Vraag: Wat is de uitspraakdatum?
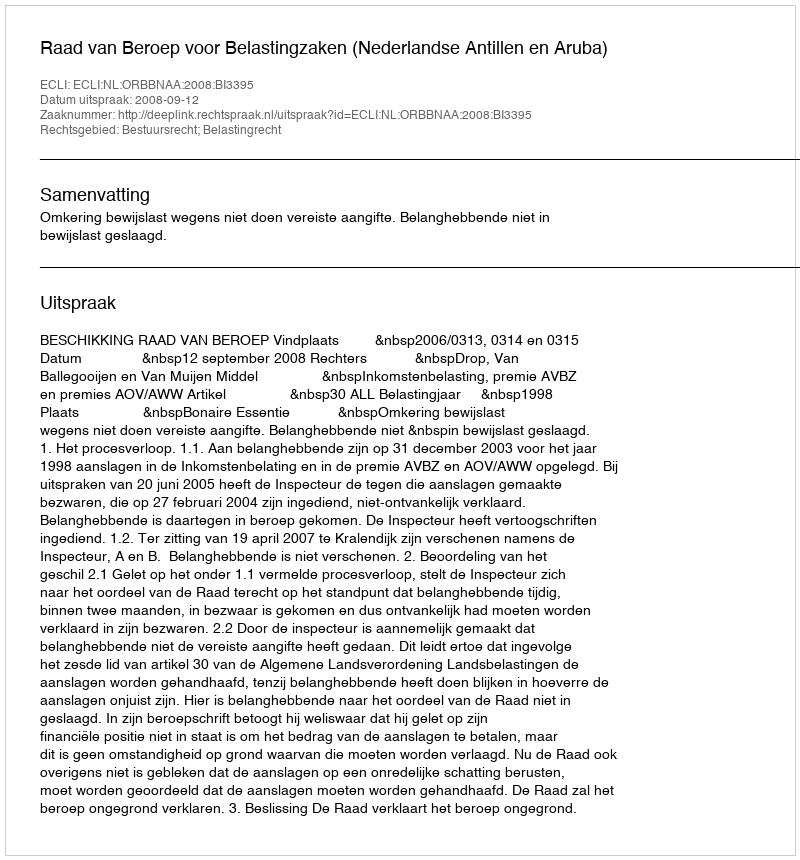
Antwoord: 2008-09-12